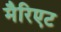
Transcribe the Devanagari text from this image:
मैरिएट